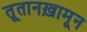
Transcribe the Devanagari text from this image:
तूतानख़ामून